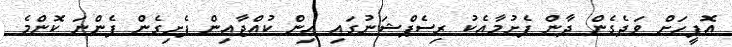
އޮފީހަށް ވަދެގެން ދާން ފެށުމާއެކު ރިސެޕްޝަނުގައި އިން ކުއްޖާއިން ފެށިގެން ފެންނަ ކޮންމެ